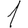
Digit: 1